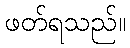
ဖတ်ရသည်။